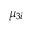
\mu _ { 3 i }